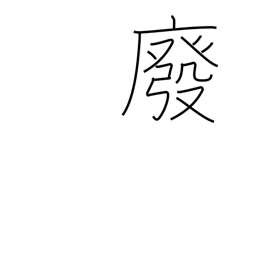
Meaning: abrogate